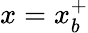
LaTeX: x=x_{b}^{+}